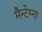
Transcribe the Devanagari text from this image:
मैन्टेग्ना